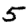
Digit: 5